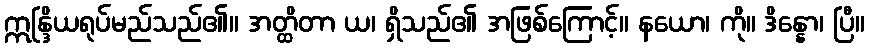
ဣန္ဒြိယရုပ်မည်သည်၏။ အတ္ထိတာ ယ၊ ရှိသည်၏ အဖြစ်ကြောင့်။ နယော၊ ကို။ ဒိန္နော၊ ပြီ။